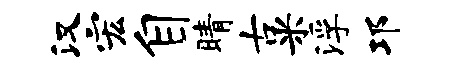
汉宏自睛古米浮邛